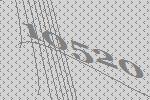
10520